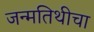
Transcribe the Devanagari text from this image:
जन्मतिथीचा